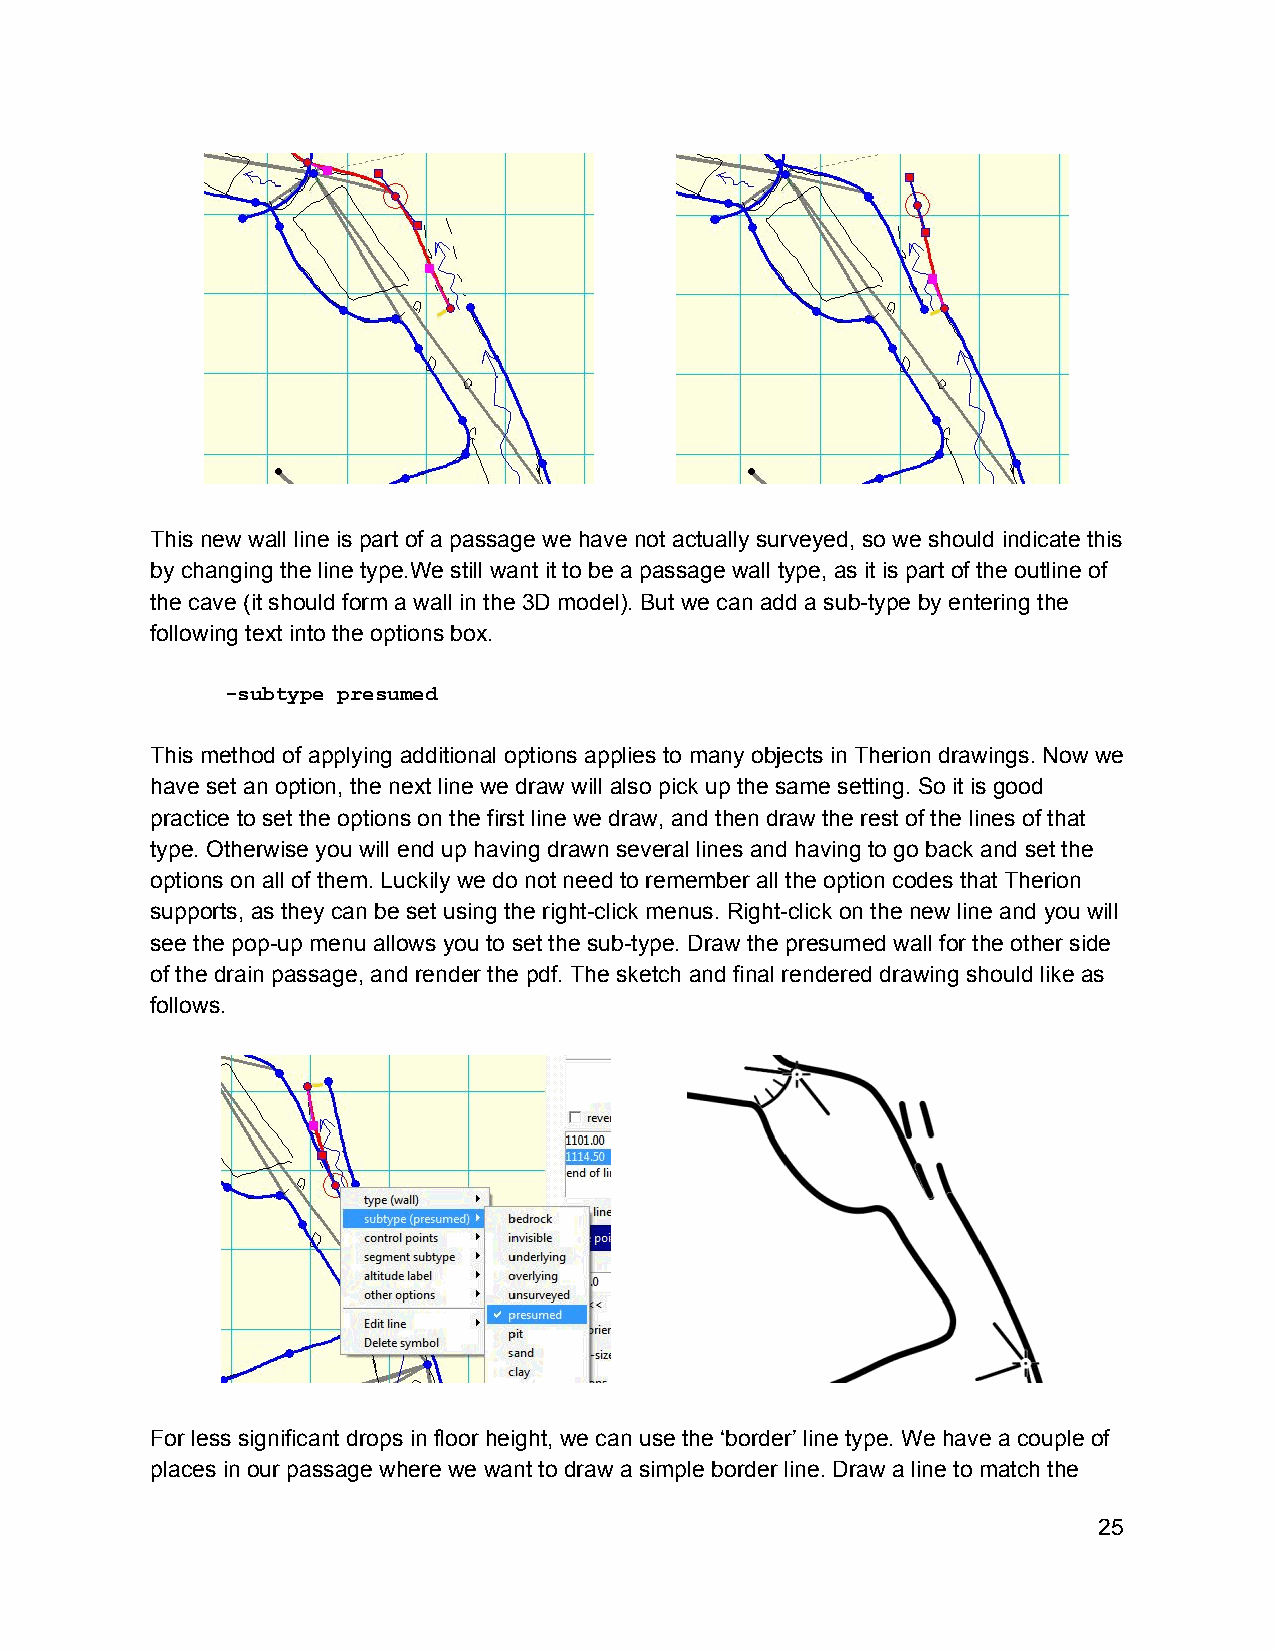
This new wall line is part of a passage we have not actually surveyed, so we should indicate this
 by changing the line type.We still want it to be a passage wall type, as it is part of the outline of
 the cave (it should form a wall in the 3D model). But we can add a sub­type by entering the
 following text into the options box.
 ­subtype presumed
 This method of applying additional options applies to many objects in Therion drawings. Now we
 have set an option, the next line we draw will also pick up the same setting. So it is good
 practice to set the options on the first line we draw, and then draw the rest of the lines of that
 type. Otherwise you will end up having drawn several lines and having to go back and set the
 options on all of them. Luckily we do not need to remember all the option codes that Therion
 supports, as they can be set using the right­click menus. Right­click on the new line and you will
 see the pop­up menu allows you to set the sub­type. Draw the presumed wall for the other side
 of the drain passage, and render the pdf. The sketch and final rendered drawing should like as
 follows.
 For less significant drops in floor height, we can use the ‘border’ line type. We have a couple of
 places in our passage where we want to draw a simple border line. Draw a line to match the
 25